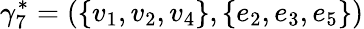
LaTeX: \gamma_{7}^{\ast}=(\{ v_{1},v_{2},v_{4}\} ,\{ e_{2},e_{3},e_{5}\} )